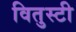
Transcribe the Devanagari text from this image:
वितुस्टी